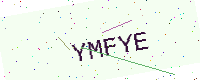
Text: YMFYE